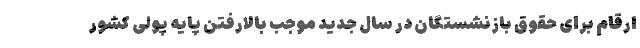
ارقام برای حقوق بازنشستگان در سال جدید موجب بالارفتن پایه پولی کشور